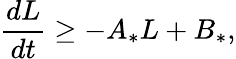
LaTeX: \frac{dL}{dt}\geq-A_{*}L+B_{*},